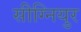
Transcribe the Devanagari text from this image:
सीग्नियुर